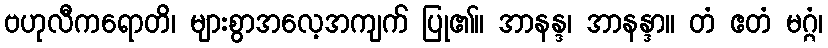
ဗဟုလီကရောတိ၊ များစွာအလေ့အကျက် ပြု၏။ အာနန္ဒ၊ အာနန္ဒာ။ တံ ဧတံ မဂ္ဂံ၊